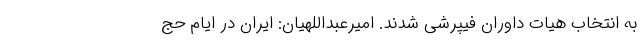
به انتخاب هیات داوران فیپرشی شدند. امیرعبداللهیان: ایران در ایام حج